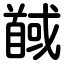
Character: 馘